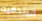
البندقيه